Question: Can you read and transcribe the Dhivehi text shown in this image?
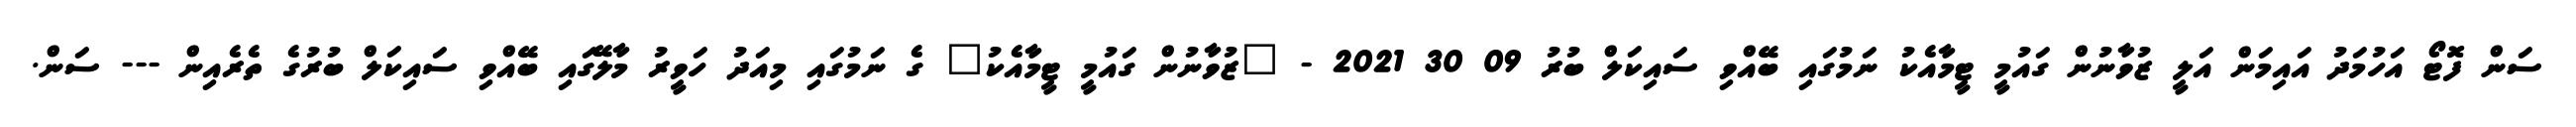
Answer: ސަން ފޮޓޯ އަހުމަދު އައިމަން އަލީ ޒުވާނުން ގައުމީ ޓީމާއެކު ނަމުގައި ބޭއްވި ސައިކަލް ބުރު 09 30 2021 - "ޒުވާނުން ގައުމީ ޓީމާއެކު" ގެ ނަމުގައި މިއަދު ހަވީރު މާލޭގައި ބޭއްވި ސައިކަލް ބުރުގެ ތެރެއިން --- ސަން.